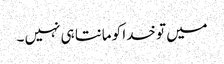
میں تو خدا کو مانتا ہی نہیں ۔